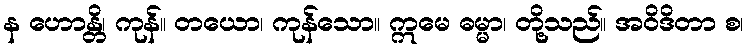
န ဟောန္တိ၊ ကုန်။ တယော၊ ကုန်သော။ ဣမေ ဓမ္မာ၊ တို့သည်။ အဝိဒိတာ စ၊